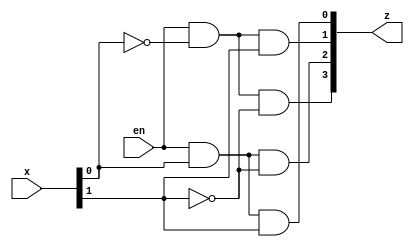
module decoder_2to4(x, en, z);
    input [0:1] x; //the two bit signal to decode
    input en;
    output [0:3] z; //the four bit output of the decoder
    
    assign z[0] = (en & ~x[1] & ~x[0]);
    assign z[1] = (en &  x[1] & ~x[0]);
    assign z[2] = (en & ~x[1] &  x[0]);
    assign z[3] = (en &  x[1] &  x[0]);
    //NEED TO CHECK WITH BRUNO - IS THE ENDIANNESS/ORDERING BACKWARDS?
    //NEED TO CHECK THIS FOR ALL THREE DECODERS!!!
    
endmodule

module decoder_3to8(x, en, z);
    input [0:2] x; //the three bit signal to decode
    input en;
    output [0:7] z; //the eight bit output of the decoder
    
    wire not_x0;
    wire x0;
    assign not_x0 = ~ x[0] & en;
    assign x0 = x[0] & en;
    
    
    // not_1 INVERT_MSB(x[2], not_x2);
    decoder_2to4 DECODER_1(x[1:2], not_x0, z[0:3]);
    decoder_2to4 DECODER_2(x[1:2], x0, z[4:7]);
    
endmodule

module decoder_5to32(x, en, z);
    
    input [0:4] x; //the five bit signal to decode
    input en;
    output [0:31] z; //the 32 bit output of the decoder
    // output [0:3] enable_out;
    
    wire [0:3] enable; //the enable signals for the 4 3 to 8 decoders
    
    
    decoder_2to4 GENERATE_ENABLE(x[0:1], en, enable[0:3]);
    
    decoder_3to8 DECODE_BYTE_0(x[2:4], enable[0], z[0:7]);
    decoder_3to8 DECODE_BYTE_1(x[2:4], enable[1], z[8:15]);
    decoder_3to8 DECODE_BYTE_2(x[2:4], enable[2], z[16:23]);
    decoder_3to8 DECODE_BYTE_3(x[2:4], enable[3], z[24:31]);

    // assign enable_out = enable;

endmodule

module decoder_4to16(x, en, z);

    input [0:3] x; //4 bit signal to decode
    input en;
    output [0:15] z; //the 16-bit signal to decode
    
    wire enable_low;
    assign enable_low = en & (~x[0]);
    wire enable_high;
    assign enable_high = en & x[0];
    
    decoder_3to8 DECODE_BYTE_0(x[1:3], enable_low, z[0:7]);
    decoder_3to8 DECODE_BYTE_1(x[1:3], enable_high, z[8:15]);
    
endmodule